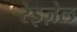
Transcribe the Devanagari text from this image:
रेइज़ेल